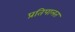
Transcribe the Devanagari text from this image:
प्रतिपालत